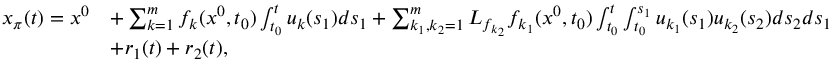
\begin{array} { r l } { x _ { \pi } ( t ) = x ^ { 0 } } & { + \sum _ { k = 1 } ^ { m } f _ { k } ( x ^ { 0 } , t _ { 0 } ) \int _ { t _ { 0 } } ^ { t } u _ { k } ( s _ { 1 } ) d s _ { 1 } + \sum _ { k _ { 1 } , k _ { 2 } = 1 } ^ { m } L _ { f _ { k _ { 2 } } } f _ { k _ { 1 } } ( x ^ { 0 } , t _ { 0 } ) \int _ { t _ { 0 } } ^ { t } \int _ { t _ { 0 } } ^ { s _ { 1 } } u _ { k _ { 1 } } ( s _ { 1 } ) u _ { k _ { 2 } } ( s _ { 2 } ) d s _ { 2 } d s _ { 1 } } \\ & { + r _ { 1 } ( t ) + r _ { 2 } ( t ) , } \end{array}